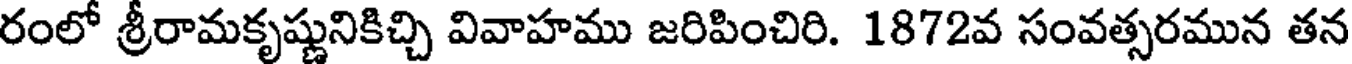
రంలో శ్రీరామకృష్ణునికిచ్చి వివాహము జరిపించిరి. 1872వ సంవత్సరమున తన